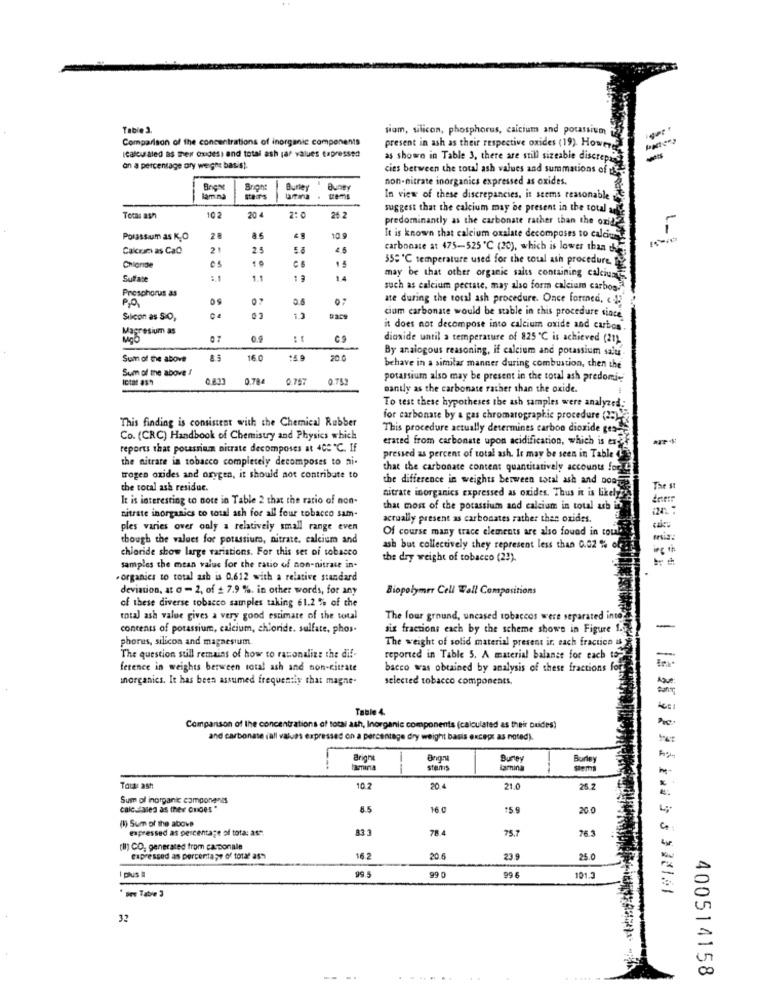
Table 3.
siom, silicon, phosphorus, calcium and potassium
Comparison of the concentrations of inorganic components
present in ash as their respective oxides (19) Hownye
-
Icaleu aled as mer oxidesi and total ash raf values Erpressen
as shown in Table 3, there are still sizeable discrep
on a percentage ory weight bas-st.
cies between the total ash values and summations of
non-nitrate inorganics expressed as oxides.
Bogo
Burley
Buney
tems
In view of these discrepancies. it seems reasonable
20 4
suggest that the calcium may be present in the total
Tomas ash
10 2
2:0
26.2
predominantly as the carbonate rather than the oxide
1-
Porassum as K.O
28
as
10.9
It is known that calcium oxalate decomposes to calciumle
Calcium as Cal
2 1
carbonate at 475-525 ℃ (20), which is lower than the
350 ℃ temperature used for the total ash procedure,
Chloride
Sulfate
1.1
may be that other organic salts containing calciumts
Preschorus as
such as calcium pectate, may also form calcium carbog
P.O.
0.6
ate during the total ash procedure. Once formed, « 1
cium carbonate would be stable in this procedure since
Silicon as SO,
Magresium as
it does not decompose into calcium oxide and carbos.
07
dioxide until a temperature of 825 ℃ is achieved (21).
By analogous reasoning, if calcium and potassium salu
Sum of the above
16.0
14.9
20.0
Sum of the above !
behave in a similar manner during combustion, then the
Ictat 831
0.784
0.75
0.75
potassium also may be present in the total ash predomin
santly as the carbonate rather than the oxide.
To test these hypotheses the ash samples were analyzed:
for carbonate by a gas chromatographic procedure (2:)
This finding is consistent with the Chemical Rubber
This procedure actually determines carbon dioxide ges-
Co. (CRC) Handbook of Chemistry and Physics which
erated from carbonate upon acidification, which is ex
reports that potassium nitrate decomposes at 400 ℃. If
pressed as percent of total ash. It may be seen in Table
the nitrate in tobacco completely decomposes to ni-
that the carbonate content quantitatively accounts for
trogen oxides and oxygen, it should not contribute to
the difference in weights between total ash and non
the total ash residue.
nitrate inorganics expressed as oxides. Thus it is likely
The st
It is interesting to note in Table 2 that the ratio of non-
that most of the potassium and calcium in total ush in
nitrate inorganics to total ash for all four tobacco sam-
actually present as carbonates rather than oxides.
ples varies over only a relatively small range even
Of course many trace elements are also found in could
though the values for potassiuro, nitrate, calcium and
chioride show large variations. For this ser of tobacco
ash but collectively they represent less than 0.02 % of
og th
the dry weight of tobacco (23).
samples the mean value for the ratio of non-nitrate in-
"organics to total ash is 0.612 with a relative standard
deviation, at o - 2, of £ 7.9 %. in other words, for any
Biopolymer Cell Wall Compositions
of these diverse tobacco samples taking 61.2 % of the
total ash value gives a very good estimate of the total
The four ground, uneased tobaccos were separated inte-
contents of potassium, calcium, chloride. sulfate, phos-
sis fractions each by the scheme shown in Figure 1.5
-
phorus, silicon and magnesium.
The weight of solid material present ir, each fractico is
The question still remains of how to rationalize the dif-
reported in Table 5. A material balanse for each to-
ference in weights berween total ash and non-citrate
bacco was obtained by analysis of these fractions for
inorganics. It has been assumed frequently that magne-
selected tobacco components.
Table 4
Comparison of the concentrations of total ash, Inorganic components (calculated as their Duides)
and carbonate iall values expressed on a percentage dry weight basis except as noted).
Bright
Burey
Burle
lamina
stens
lamina
semi
Tous ash
10.2
20 4
21.0
26.2
Sum of inorganic components
calc.dales as ther onoes *
8.5
16.0
*5.9
20.0
(1) Sum of the above
expressed as percentage of tota: as".
833
78.4
75.7
76.3
(il) CO. generated from casponale
expressed as percentage of total as-
16.2
20 6
23.
25.0
I plus #
99.5
99 0
99 6
101.3
* poe Table 3
32
400514158